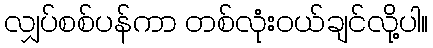
လျှပ်စစ်ပန်ကာ တစ်လုံးဝယ်ချင်လို့ပါ။